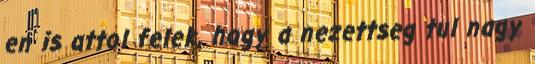
en is attol felek, hogy a nezettseg tul nagy